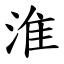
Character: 淮